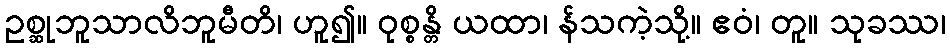
ဥစ္ဆုဘူသာလိဘူမီတိ၊ ဟူ၍။ ဝုစ္စန္တိ ယထာ၊ န်သကဲ့သို့။ ဧဝံ၊ တူ။ သုခဿ၊